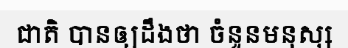
ជាតិ បានឲ្យដឹងថា ចំនួនមនុស្ស